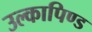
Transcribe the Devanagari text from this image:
उल्‍कापिण्‍ड